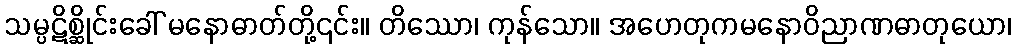
သမ္ပဋိစ္ဆိုင်းခေါ် မနောဓာတ်တို့၎င်း။ တိဿော၊ ကုန်သော။ အဟေတုကမနောဝိညာဏဓာတုယော၊